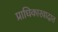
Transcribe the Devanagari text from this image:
प्राधिकारवादात